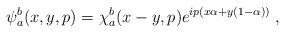
LaTeX: \begin{align*}\psi_a^b(x,y,p)=\chi_a^b (x-y,p)e^{ip(x\alpha+y(1-\alpha))}\; ,\end{align*}